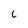
Character: 6